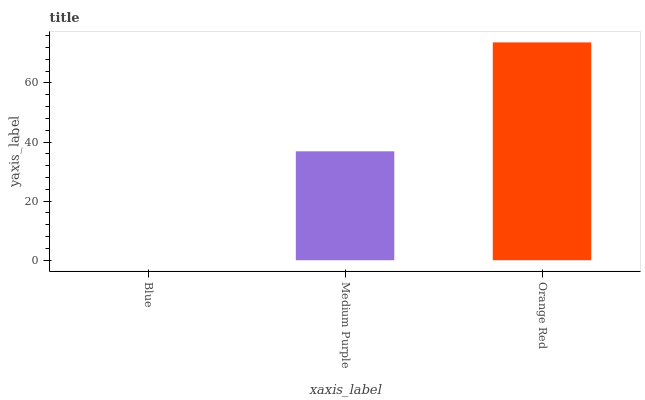
| xaxis_label | bars |
 | --- | --- |
 | Blue | 0 |
 | Medium Purple | 36.9 |
 | Orange Red | 73.7 |